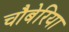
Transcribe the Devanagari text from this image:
चौबेरिया